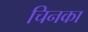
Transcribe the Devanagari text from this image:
चिनका